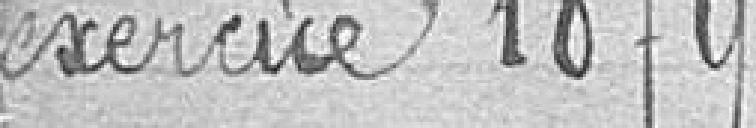
exercice 1879.